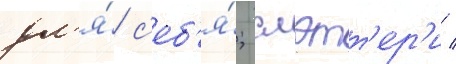
дл'я́ с'еб'я́; слэтт'ер'и /